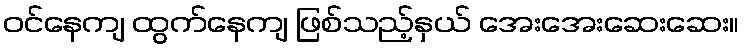
ဝင်နေကျ ထွက်နေကျ ဖြစ်သည့်နှယ် အေးအေးဆေးဆေး။